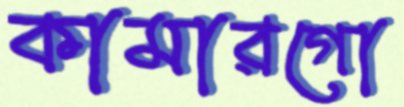
কামারগো